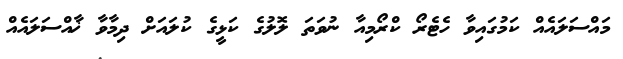
މައްސަލައެއް ކަމުގައިވާ ހެޓެރޯ ކްރޯމިއާ ނުވަތަ ލޮލުގެ ކަޅީގެ ކުލައަށް ދިމާވާ ޚާއްސަލައެއް